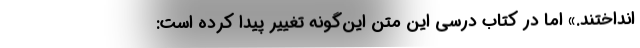
انداختند.» اما در کتاب درسی این متن این‌گونه تغییر پیدا کرده است: